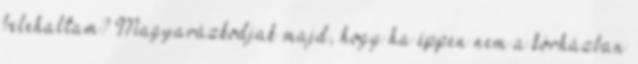
belehaltam? Magyarázkodjak majd, hogy ha éppen nem a kórházban